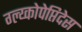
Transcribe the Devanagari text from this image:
ग्ल्य्कोपेप्तिदेस